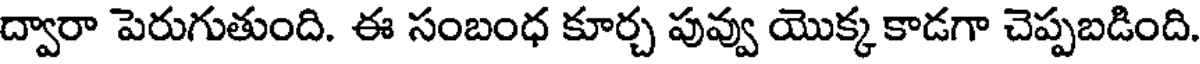
ద్వారా పెరుగుతుంది. ఈ సంబంధ కూర్చ పువ్వు యొక్క కాడగా చెప్పబడింది.